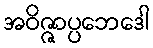
အဝိဇ္ဇာပ္ပဘေဒေါ